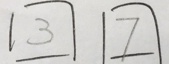
\boxed { 3 } \boxed { 7 }